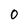
Character: 0